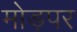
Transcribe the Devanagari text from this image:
मोड़पर